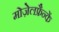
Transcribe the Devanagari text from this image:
मोज़ेलफ्रैन्कें